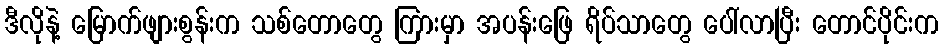
ဒီလိုနဲ့ မြောက်ဖျားစွန်းက သစ်တောတွေ ကြားမှာ အပန်းဖြေ ရိပ်သာတွေ ပေါ်လာပြီး တောင်ပိုင်းက